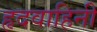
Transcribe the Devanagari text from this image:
हृदवाहिनी